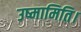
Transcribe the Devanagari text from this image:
उष्मामिति।